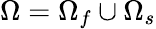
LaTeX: \Omega=\Omega_{f}\cup\Omega_{s}